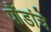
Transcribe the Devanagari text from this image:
पौंडांचे